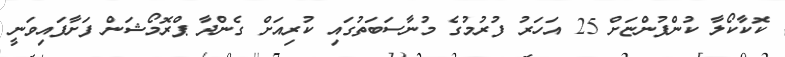
ކޮކާކޯލާ ކުންފުންޏަށް 25 އަހަރު ފުރުމުގެ މުނާސަބަތުގައި ކުރިއަށް ގެންދާ ޕްރޮމޯޝަން ފަށާފައިވަނީ